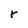
Character: r